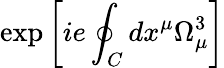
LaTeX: \exp\left[ie\oint_{C}dx^{\mu}\Omega_{\mu}^{3}\right]